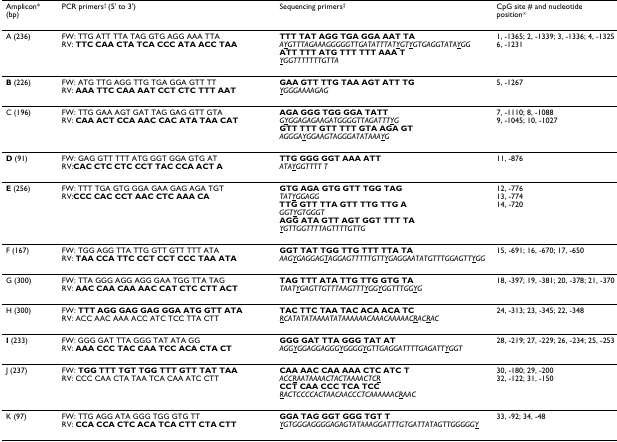
<table><thead><tr><td><b>Amplicon*(bp)</b></td><td><b>PCR primers<sup>† </sup>(5&#x27; to 3&#x27;)</b></td><td><b>Sequencing primers<sup>‡</sup></b></td><td><b>CpG site # and nucleotideposition<sup>∞</sup></b></td></tr></thead><tbody><tr><td>A (236)</td><td>FW: TTG ATT TTA TAG GTG AGG AAA TTARV: <b>TTC CAA CTA TCA CCC ATA ACC TAA</b></td><td><b>TTT TAT AGG TGA GGA AAT TA</b><i>A<underline>Y</underline>GTTTAGAAAGGGGGTTGATATTTAT<underline>Y</underline>GT<underline>Y</underline>GTGAGGTATA<underline>Y</underline>GG</i><b>ATT TTT ATG TTT TTT AAA T</b><i><underline>Y</underline>GGTTTTTTTGTTA</i></td><td>1, -1365; 2, -1339; 3, -1336; 4, -13256, -1231</td></tr><tr><td><b>B </b>(226)</td><td>FW: ATG TTG AGG TTG TGA GGA GTT TTRV: <b>AAA TTC CAA AAT CCT CTC TTT AAT</b></td><td><b>GAA GTT TTG TAA AGT ATT TG</b><i><underline>Y</underline>GGGAAAAGAG</i></td><td>5, -1267</td></tr><tr><td>C (196)</td><td>FW: TTG GAA AGT GAT TAG GAG GTT GTARV: <b>CAA ACT CCA AAC CAC ATA TAA CAT</b></td><td><b>AGA GGG TGG GGA TATT</b><i>G<underline>Y</underline>GGAGAGAAGATGGGGTTAGATTT<underline>Y</underline>G</i><b>GTT TTT GTT TTT GTA AGA GT</b><i>AGGGA<underline>Y</underline>GGAAGTAGGGATATAAA<underline>Y</underline>G</i></td><td>7, -1110; 8, -10889, -1045; 10, -1027</td></tr><tr><td><b>D </b>(91)</td><td>FW: GAG GTT TTT ATG GGT GGA GTG ATRV:<b>CAC CTC CTC CCT TAC CCA ACT A</b></td><td><b>TTG GGG GGT AAA ATT</b><i>ATA<underline>Y</underline>GGTTTT T</i></td><td>11, -876</td></tr><tr><td><b>E </b>(256)</td><td>FW: TTT TGA GTG GGA GAA GAG AGA TGTRV:<b>CCC CAC CCT AAC CTC AAA CA</b></td><td><b>GTG AGA GTG GTT TGG TAG</b><i>TAT<underline>Y</underline>GGAGG</i><b>TTG GTT TTA GTT TTG TTG A</b><i>GGT<underline>Y</underline>GTGGGT</i><b>AGG ATA GTT AGT GGT TTT TA</b><i><underline>Y</underline>GTTGGTTTTAGTTTTGTTG</i></td><td>12, -77613, -77414, -720</td></tr><tr><td>F (167)</td><td>FW: TGG AGG TTA TTG GTT GTT TTT ATARV: <b>TAA CCA TTC CCT CCT CCC TAA ATA</b></td><td><b>GGT TAT TGG TTG TTT TTA TA</b><i>AAG<underline>Y</underline>GAGGAG<underline>T</underline>AGGAGTTTTTGTT<underline>Y</underline>GAGGAATATGTTTGGAGTT<underline>Y</underline>GG</i></td><td>15, -691; 16, -670; 17, -650</td></tr><tr><td>G (300)</td><td>FW: TTA GGG AGG AGG GAA TGG TTA TAGRV: <b>AAC CAA CAA AAC CAT CTC CTT ACT</b></td><td><b>TAG TTT ATA TTG TTG GTG TA</b><i>TAAT<underline>Y</underline>GAGTTGTTTAAGTTT<underline>Y</underline>GG<underline>Y</underline>GGTTTGG<underline>Y</underline>G</i></td><td>18, -397; 19, -381; 20, -378; 21, -370</td></tr><tr><td>H (300)</td><td>FW: <b>TTT AGG GAG GAG GGA ATG GTT ATA</b>RV: ACC AAC AAA ACC ATC TCC TTA CTT</td><td><b>TAC TTC TAA TAC ACA ACA TC</b><i><underline>R</underline>CATATATAAAATATAAAAAACAAACAAAAAC<underline>R</underline>AC<underline>R</underline>AC</i></td><td>24, -313; 23, -345; 22, -348</td></tr><tr><td><b>I </b>(233)</td><td>FW: GGG GAT TTA GGG TAT ATA GGRV: <b>AAA CCC TAC CAA TCC ACA CTA CT</b></td><td><b>GGG GAT TTA GGG TAT AT</b><i>AGG<underline>Y</underline>GGAGGAGGG<underline>Y</underline>GGGG<underline>Y</underline>GTTGAGGATTTTGAGATT<underline>Y</underline>GGT</i></td><td>28, -219; 27, -229; 26, -234; 25, -253</td></tr><tr><td>J (237)</td><td>FW: <b>TGG TTT TGT TGG TTT GTT TAT TAA</b>RV: CCC CAA CTA TAA TCA CAA ATC CTT</td><td><b>CAA AAC CAA AAA CTC ATC T</b><i>ACC<underline>R</underline>AATAAAACTACTAAAACTC<underline>R</underline></i><b>CCT CAA CCC TCA TCC</b><i><underline>R</underline>ACTCCCCACTAACAACCCTCAAAAAAC<underline>R</underline>AAC</i></td><td>30, -180; 29, -20032, -122; 31, -150</td></tr><tr><td>K (97)</td><td>FW: TTG AGG ATA GGG TGG GTG TTRV: <b>CCA CCA CTC ACA TCA CTT CTA CTT</b></td><td><b>GGA TAG GGT GGG TGT T</b><i><underline>Y</underline>GTGGGAGGGGAGAGTATAAAGGATTTGTGATTATAGTTGGGGG<underline>Y</underline></i></td><td>33, -92; 34, -48</td></tr></tbody></table>